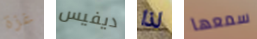
غزة ديفيس لذا سمعها